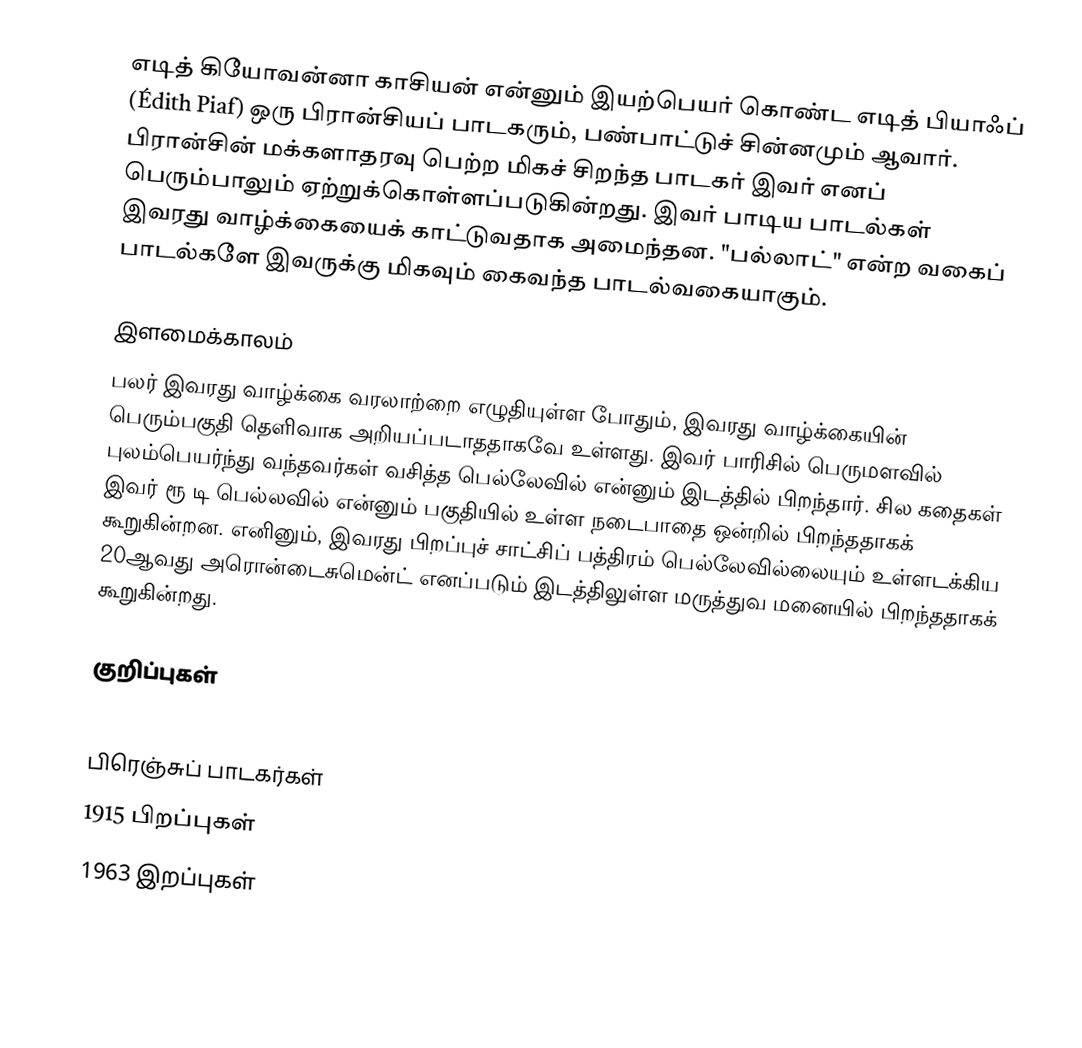
எடித் கியோவன்னா காசியன் என்னும் இயற்பெயர் கொண்ட எடித் பியாஃப் (Édith Piaf) ஒரு பிரான்சியப் பாடகரும், பண்பாட்டுச் சின்னமும் ஆவார். பிரான்சின் மக்களாதரவு பெற்ற மிகச் சிறந்த பாடகர் இவர் எனப் பெரும்பாலும் ஏற்றுக்கொள்ளப்படுகின்றது. இவர் பாடிய பாடல்கள் இவரது வாழ்க்கையைக் காட்டுவதாக அமைந்தன. "பல்லாட்" என்ற வகைப் பாடல்களே இவருக்கு மிகவும் கைவந்த பாடல்வகையாகும்.

இளமைக்காலம்
பலர் இவரது வாழ்க்கை வரலாற்றை எழுதியுள்ள போதும், இவரது வாழ்க்கையின் பெரும்பகுதி தெளிவாக அறியப்படாததாகவே உள்ளது. இவர் பாரிசில் பெருமளவில் புலம்பெயர்ந்து வந்தவர்கள் வசித்த பெல்லேவில் என்னும் இடத்தில் பிறந்தார். சில கதைகள் இவர் ரூ டி பெல்லவில் என்னும் பகுதியில் உள்ள நடைபாதை ஒன்றில் பிறந்ததாகக் கூறுகின்றன. எனினும், இவரது பிறப்புச் சாட்சிப் பத்திரம் பெல்லேவில்லையும் உள்ளடக்கிய 20ஆவது அரொன்டைசுமென்ட் எனப்படும் இடத்திலுள்ள மருத்துவ மனையில் பிறந்ததாகக் கூறுகின்றது.

குறிப்புகள்

பிரெஞ்சுப் பாடகர்கள்
1915 பிறப்புகள்
1963 இறப்புகள்